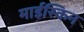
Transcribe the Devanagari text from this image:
माईस्किन